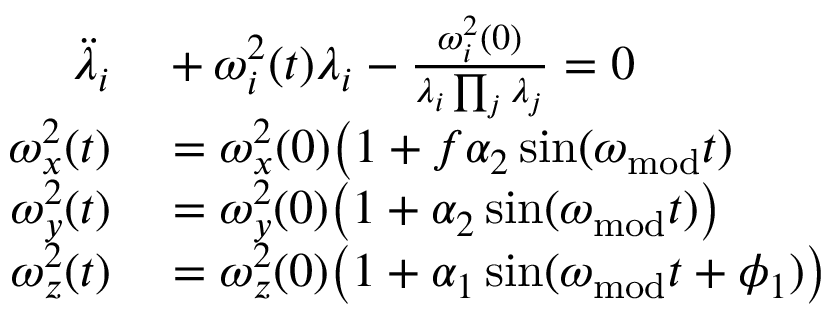
\begin{array} { r l } { \ddot { \lambda } _ { i } } & { { } + \omega _ { i } ^ { 2 } ( t ) \lambda _ { i } - \frac { \omega _ { i } ^ { 2 } ( 0 ) } { \lambda _ { i } \prod _ { j } \lambda _ { j } } = 0 } \\ { \omega _ { x } ^ { 2 } ( t ) } & { { } = \omega _ { x } ^ { 2 } ( 0 ) \big ( 1 + f \alpha _ { 2 } \sin ( \omega _ { \mathrm { m o d } } t ) } \\ { \omega _ { y } ^ { 2 } ( t ) } & { { } = \omega _ { y } ^ { 2 } ( 0 ) \big ( 1 + \alpha _ { 2 } \sin ( \omega _ { \mathrm { m o d } } t ) \big ) } \\ { \omega _ { z } ^ { 2 } ( t ) } & { { } = \omega _ { z } ^ { 2 } ( 0 ) \big ( 1 + \alpha _ { 1 } \sin ( \omega _ { \mathrm { m o d } } t + \phi _ { 1 } ) \big ) } \end{array}